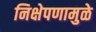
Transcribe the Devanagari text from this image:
निक्षेपणामुळे